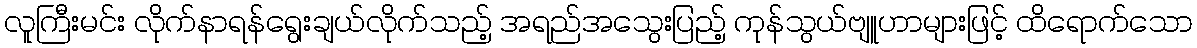
လူကြီးမင်း လိုက်နာရန်ရွေးချယ်လိုက်သည့် အရည်အသွေးပြည့် ကုန်သွယ်ဗျူဟာများဖြင့် ထိရောက်သော